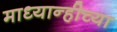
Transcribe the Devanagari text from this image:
माध्यान्हीच्या